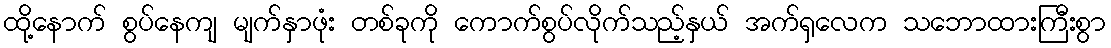
ထို့နောက် စွပ်နေကျ မျက်နှာဖုံး တစ်ခုကို ကောက်စွပ်လိုက်သည့်နှယ် အက်ရှလေက သဘောထားကြီးစွာ